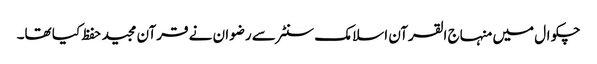
چکوال میں منہاج القرآن اسلامک سنٹر سے رضوان نے قرآن مجید حفظ کیا تھا۔